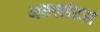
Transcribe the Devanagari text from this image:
अटलांटस